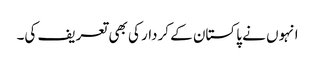
انہوں نے پاکستان کے کردار کی بھی تعریف کی۔